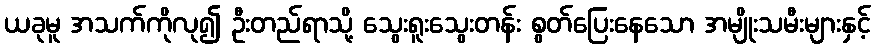
ယခုမူ အသက်ကိုလု၍ ဦးတည်ရာသို့ သွေးရူးသွေးတန်း စွတ်ပြေးနေသော အမျိုးသမီးများနှင့်